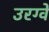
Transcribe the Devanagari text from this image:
उरग्वे